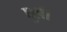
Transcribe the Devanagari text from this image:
घुलें।